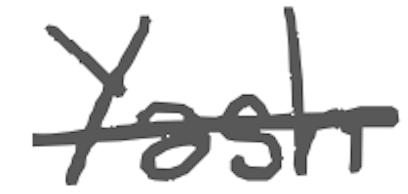
Text: Yash
Cross-out: single-line
Writing tool: digital_gray